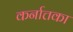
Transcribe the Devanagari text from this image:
कर्नात्तका